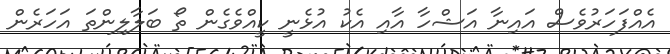
އެއްފަހަރުވެސް އައިނާ އަޝްހާ އާއި އެކު އުޅެނީ ކީއްވެގެން ތޯ ބަލާލިންތަ އަހަރެން